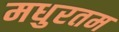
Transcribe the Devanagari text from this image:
मधुरतम